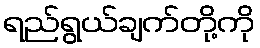
ရည်ရွယ်ချက်တို့ကို